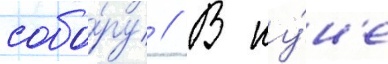
собо́ру // В иу́н'е